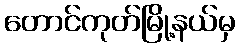
တောင်ကုတ်မြို့နယ်မှ